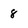
Character: 8